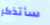
سأتذكر